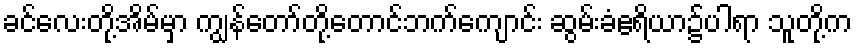
ခင်လေးတို့အိမ်မှာ ကျွန်တော်တို့တောင်ဘက်ကျောင်း ဆွမ်းခံဧရိယာ၌ပါရာ သူတို့က